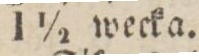
1 1/2 wecka.